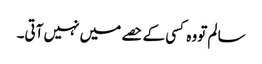
سا لم تووہ کسی کے حصے میں نہیں آتی۔